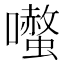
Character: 𭌤